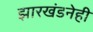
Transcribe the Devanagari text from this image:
झारखंडनेही